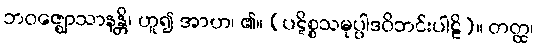
ဘဝဇ္ဈောသာနန္တိ၊ ဟူ၍ အာဟ၊ ၏။ (ပဋိစ္စသမုပ္ပါဒဝိဘင်းပါဠိ)။ တတ္ထ၊